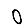
Digit: 0